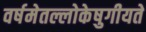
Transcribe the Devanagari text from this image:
वर्षमेतल्लोकेषुगीयते